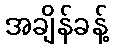
အချိန်ခန့်